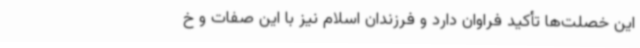
این خصلت‌ها تأکید فراوان دارد و فرزندان اسلام نیز با این صفات و خ